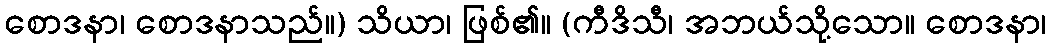
စောဒနာ၊ စောဒနာသည်။) သိယာ၊ ဖြစ်၏။ (ကီဒိသီ၊ အဘယ်သို့သော။ စောဒနာ၊